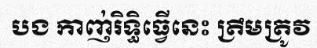
បង កាញ់រិទ្ធិធ្វើនេះ ត្រឹមត្រូវ